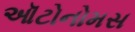
ઑટોનોમસ